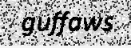
guffaws